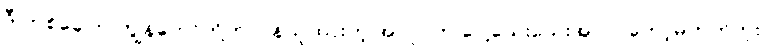
ဒီ တစ်ခေါက် ကျွန်တော်တို့တာဝန်ယူထားတဲ့ အလုပ်က ပေါ့သေးသေးအလုပ်တော့မဟုတ်ဘူး။